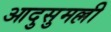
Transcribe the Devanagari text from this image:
आदुसुमल्ली